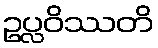
ဥပ္လဝိဿတိ